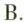
B.